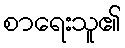
စာရေးသူ၏